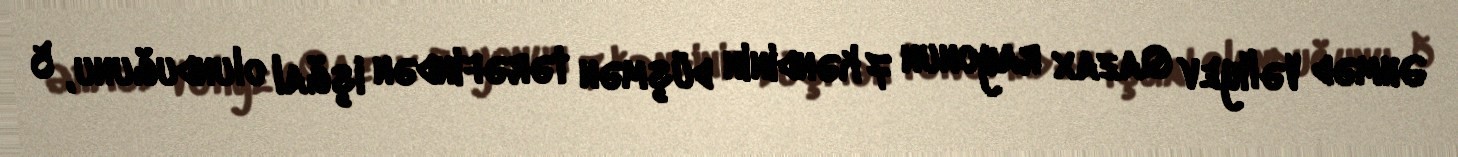
Əhməd Vəliyev Qazax rayonun 7 kəndinin düşmən tərəfindən işğal olunduğunu, 5